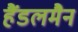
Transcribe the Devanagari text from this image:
हैंडलमैन